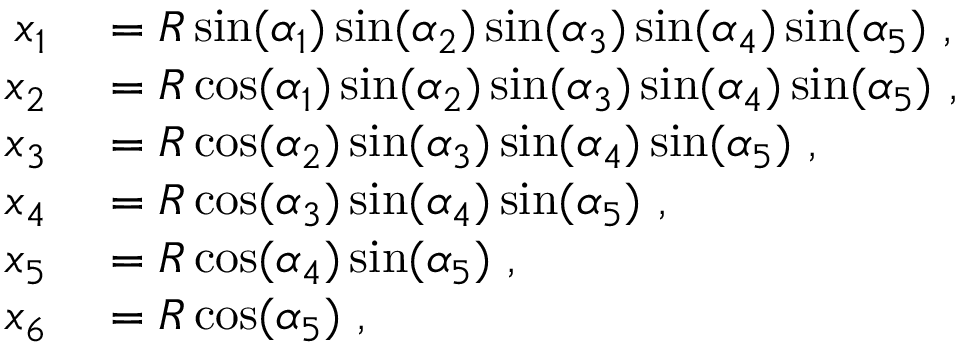
\begin{array} { r l } { x _ { 1 } } & { { } = R \sin ( \alpha _ { 1 } ) \sin ( \alpha _ { 2 } ) \sin ( \alpha _ { 3 } ) \sin ( \alpha _ { 4 } ) \sin ( \alpha _ { 5 } ) ~ , } \\ { x _ { 2 } } & { { } = R \cos ( \alpha _ { 1 } ) \sin ( \alpha _ { 2 } ) \sin ( \alpha _ { 3 } ) \sin ( \alpha _ { 4 } ) \sin ( \alpha _ { 5 } ) ~ , } \\ { x _ { 3 } } & { { } = R \cos ( \alpha _ { 2 } ) \sin ( \alpha _ { 3 } ) \sin ( \alpha _ { 4 } ) \sin ( \alpha _ { 5 } ) ~ , } \\ { x _ { 4 } } & { { } = R \cos ( \alpha _ { 3 } ) \sin ( \alpha _ { 4 } ) \sin ( \alpha _ { 5 } ) ~ , } \\ { x _ { 5 } } & { { } = R \cos ( \alpha _ { 4 } ) \sin ( \alpha _ { 5 } ) ~ , } \\ { x _ { 6 } } & { { } = R \cos ( \alpha _ { 5 } ) ~ , } \end{array}